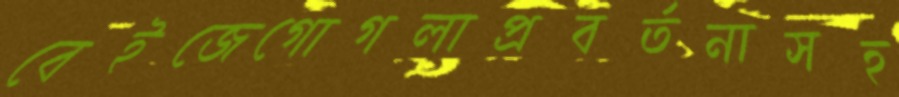
বেইজেগোগলাপ্রবর্তনাসহ